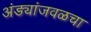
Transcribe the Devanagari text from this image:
अंड्यांजवळचा